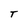
Character: T